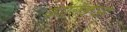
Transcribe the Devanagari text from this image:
कोलिक्वेओ